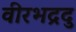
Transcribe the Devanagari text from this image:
वीरभद्रदु